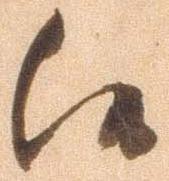
候